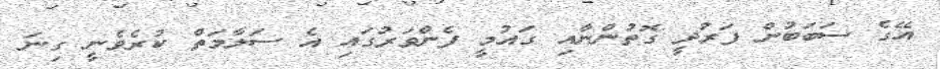
އޭގެ ސަބަބުން ފަރުދީ ގޮތުންނާއި ގައުމީ ފެންވަރުގައި އެ ސަލާމަތް ކުރެވެނީ ގިނަ